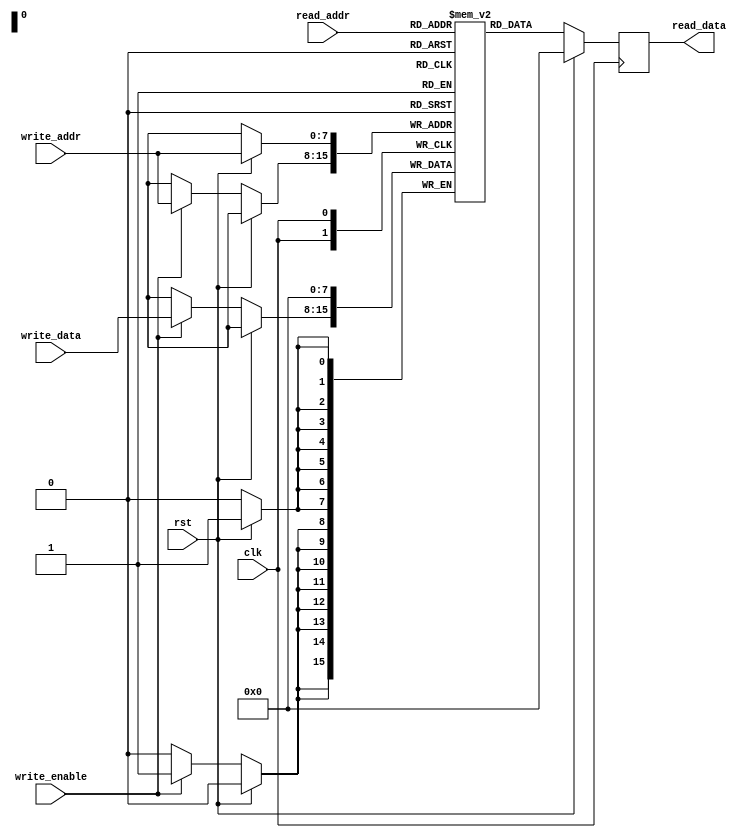
module dual_port_ram (
  input wire clk,
  input wire rst,
  input wire [7:0] read_addr,
  output reg [7:0] read_data,
  input wire [7:0] write_addr,
  input wire [7:0] write_data,
  input wire write_enable
);

reg [7:0] memory [0:255];

// Read port
always @(posedge clk) begin
  if (rst) begin
    read_data <= 8'h00;
  end else begin
    read_data <= memory[read_addr];
  end
end

// Write port with read-before-write support
always @(posedge clk) begin
  if (rst) begin
    memory[write_addr] <= 8'h00;
  end else begin
    if (write_enable) begin
      memory[write_addr] <= write_data;
    end
  end
end

endmodule